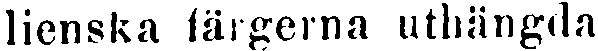
lienska färgerna uthängda.